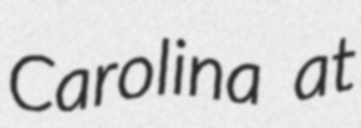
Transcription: Carolina at